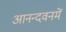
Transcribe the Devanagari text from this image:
आनन्दवनमें